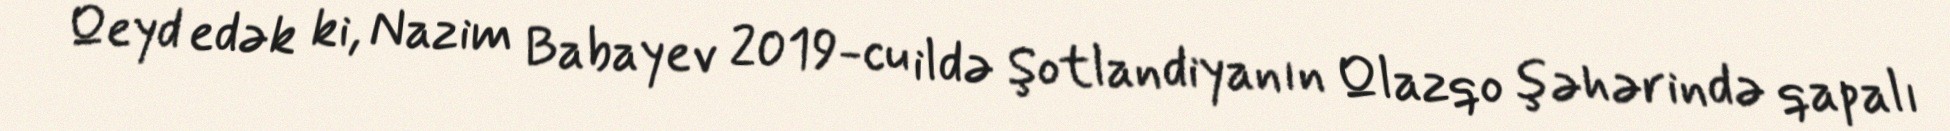
Qeyd edək ki, Nazim Babayev 2019-cu ildə Şotlandiyanın Qlazqo şəhərində qapalı